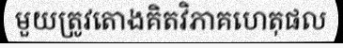
មួយត្រូវតោងគិតវិភាគហេតុផល